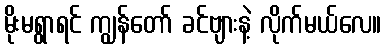
မိုးမရွာရင် ကျွန်တော် ခင်ဗျားနဲ့ လိုက်မယ်လေ။